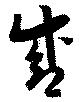
盛